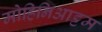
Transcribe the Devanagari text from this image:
मोहिनिआट्टम